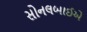
સોનલબાઈએ